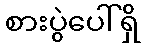
စားပွဲပေါ်ရှိ